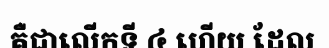
គឺជាលើកទី ៤ ហើយ ដែល